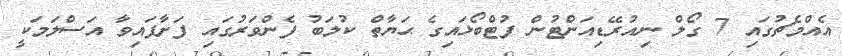
އެއްމެޗުގައި 7 ގޯލް ނިއުރޭޑިއަންޓުން ފުޓްބޯޅައިގެ ޙަޔާތް ކުލަބު ފެންވަރުގައި ފަށާފައިވާ އަސްލަމަކީ